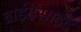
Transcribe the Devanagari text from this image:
ब्राईटसाईड